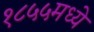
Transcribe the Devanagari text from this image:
१८५५मध्ये